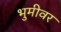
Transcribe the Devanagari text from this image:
भुमीवर